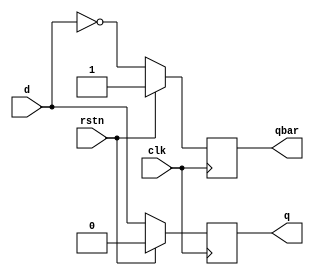
`timescale 1ns / 1ps
//////////////////////////////////////////////////////////////////////////////////
// Company: 
// Engineer: 
// 
// Design Name: 
// Module Name:    DFF 
// Project Name: 
// Target Devices: 
// Tool versions: 
// Description: 
//
// Dependencies: 
//
// Revision: 
// Revision 0.01 - File Created
// Additional Comments: 
//
//////////////////////////////////////////////////////////////////////////////////
module DFF(d,clk,rstn,q,qbar); 
	input d, clk, rstn; 
	output reg q, qbar; 
	always @(posedge clk) 
	begin
		if(rstn== 1)begin
			q <= 0;
			qbar <= 1;
			end
		else begin
			q <= d; 
			qbar <= ~d;
end			
	end 
endmodule